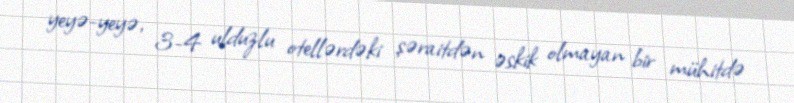
yeyə-yeyə, 3-4 ulduzlu otellərdəki şəraitdən əskik olmayan bir mühitdə